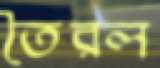
তৈরল